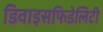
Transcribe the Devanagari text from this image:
डिवाइसफिडेलिटी